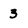
Character: 3